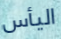
اليأس